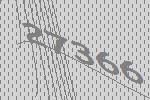
27366